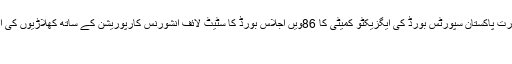
وفاقی وزیر ریاض پیرزادہ کی زیر صدارت پاکستان سپورٹس بورڈ کی ایگزیکٹو کمیٹی کا 86ویں اجلاس بورڈ کا سٹیٹ لائف انشورنس کارپوریشن کے ساتھ کھلاڑیوں کی انشورنس کا عمل شروع کرنے کا فیصلہ
اسلام آباد (اُردو پوائنٹ اخبارتازہ ترین۔